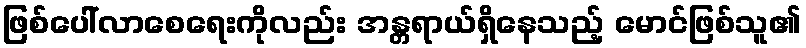
ဖြစ်ပေါ်လာစေရေးကိုလည်း အန္တရာယ်ရှိနေသည့် မောင်ဖြစ်သူ၏